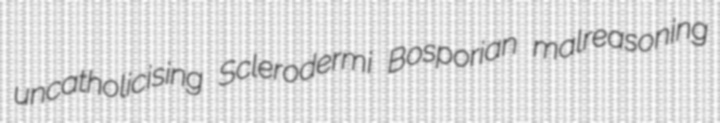
uncatholicising Sclerodermi Bosporian malreasoning